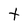
Character: t